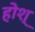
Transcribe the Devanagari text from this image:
होश्